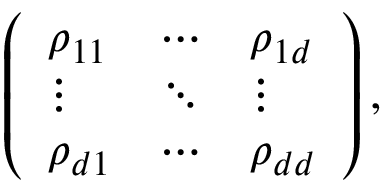
\left( \begin{array} { l l l } { \rho _ { 1 1 } } & { \cdots } & { \rho _ { 1 d } } \\ { \vdots } & { \ddots } & { \vdots } \\ { \rho _ { d 1 } } & { \cdots } & { \rho _ { d d } } \end{array} \right) ,